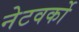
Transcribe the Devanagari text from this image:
नेटवर्को